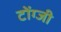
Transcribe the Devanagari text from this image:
टोंग्जी